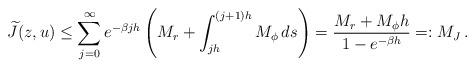
LaTeX: \begin{align*} \widetilde{J}(z,u) \le \sum_{j = 0}^{\infty} e^{-\beta jh} \left(M_r + \int_{jh}^{(j+1)h} M_\phi\, ds\right) = \frac{M_r + M_\phi h}{1 - e^{-\beta h}} =: M_J\,. \end{align*}